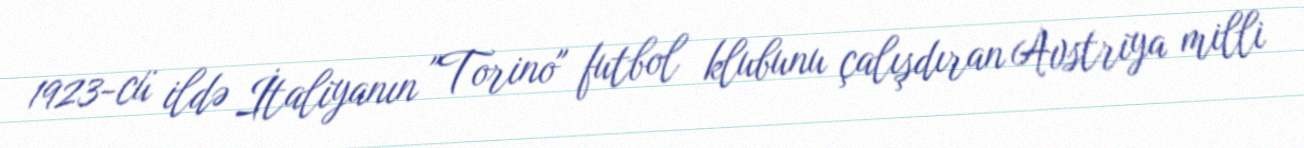
1923-cü ildə İtaliyanın "Torino" futbol klubunu çalışdıran Avstriya milli